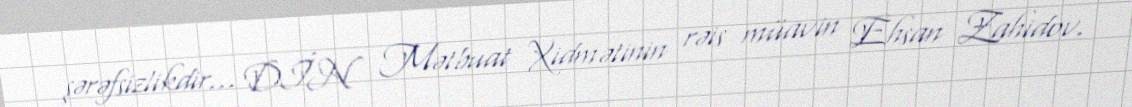
şərəfsizlikdir... DİN Mətbuat Xidmətinin rəis müavin Ehsan Zahidov.